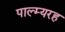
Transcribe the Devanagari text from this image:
पाल्म्यरह